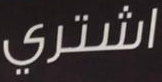
اشتري